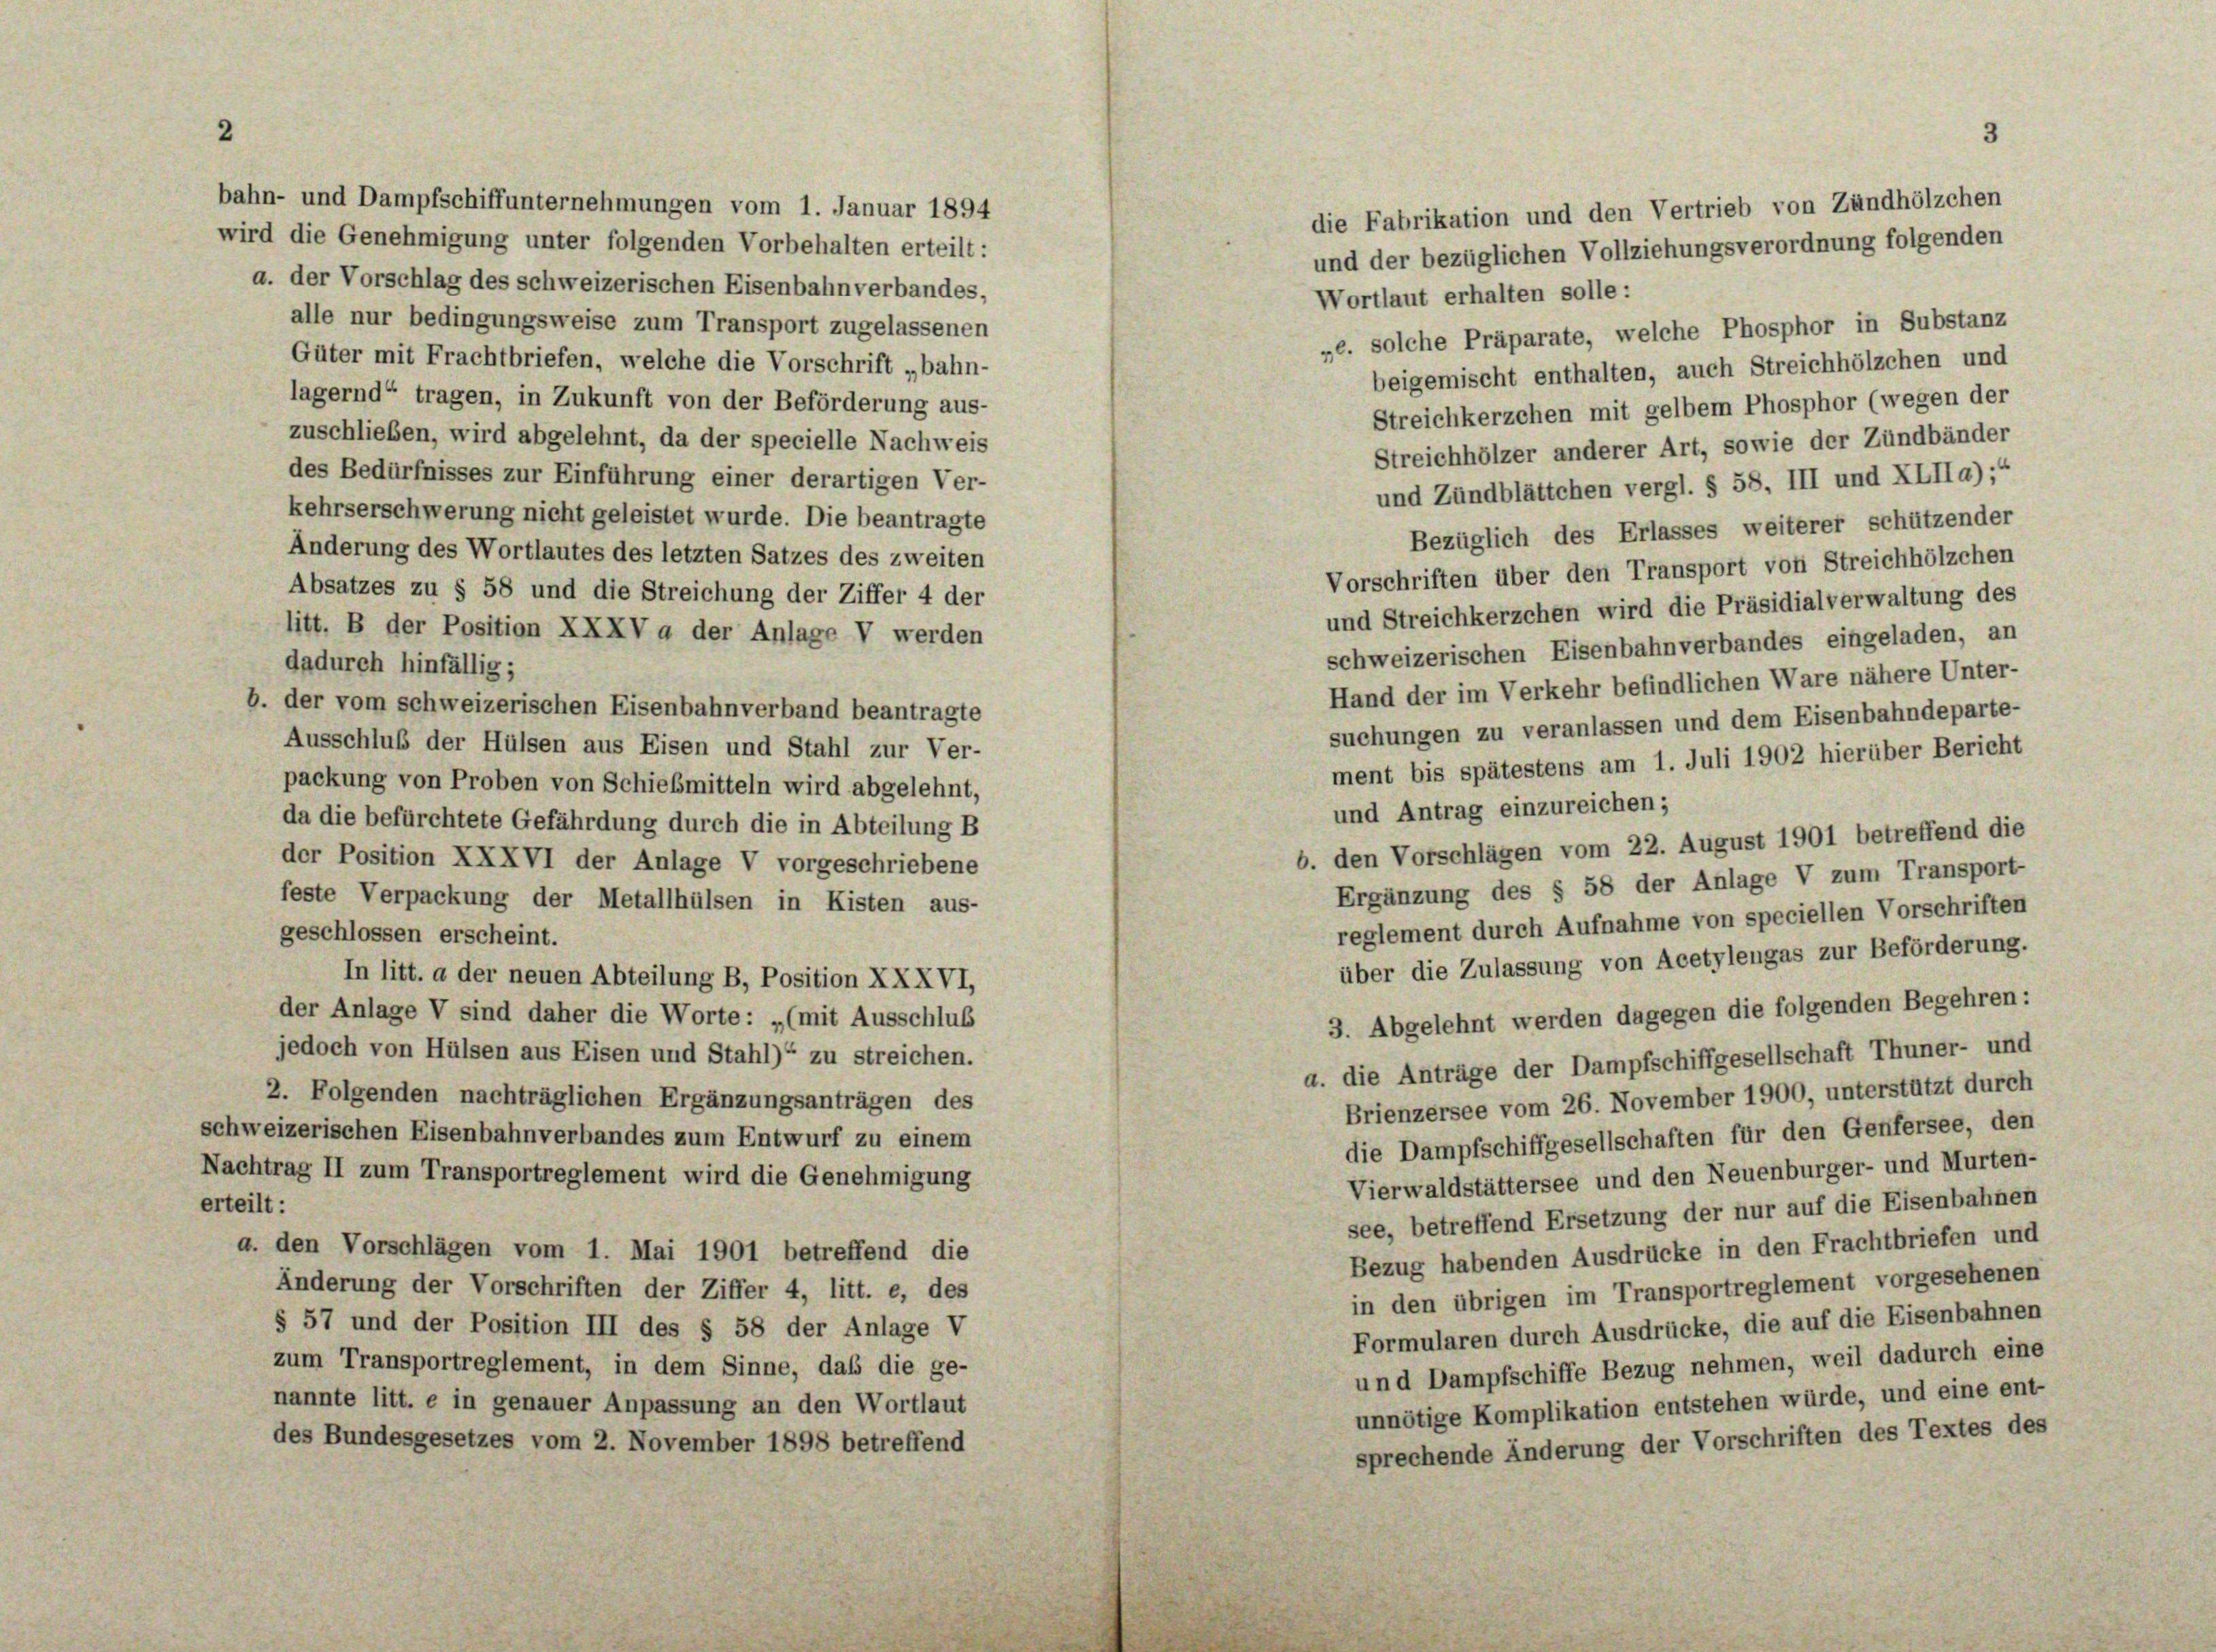
bahn- und Dampfschiffunternehmungen vom 1. Januar 1894
die Fabrikation und den Vertrieb von Zündhölzchen
wird die Genehmigung unter folgenden Vorbehalten erteilt:
und der bezüglichen Vollziehungsverordnung folgenden
a. der Vorschlag des schweizerischen Eisenbahnverbandes,
Wortlaut erhalten solle:
alle nur bedingungsweise zum Transport zugelassenen
„e. solche Präparate, welche Phosphor in Substanz
Güter mit Frachtbriefen, welche die Vorschrift „bahn-
beigemischt enthalten, auch Streichhölzchen und
lagernd“ tragen, in Zukunft von der Beförderung aus-
Streichkerzchen mit gelbem Phosphor (wegen der
zuschließen, wird abgelehnt, da der specielle Nachweis
Streichhölzer anderer Art, sowie der Zündbänder
des Bedürfnisses zur Einführung einer derartigen Ver-
und Zündblättchen vergl. § 58. III und XLIIa);“
kehrserschwerung nicht geleistet wurde. Die beantragte
Änderung des Wortlautes des letzten Satzes des zweiten
Absatzes zu § 58 und die Streichung der Ziffer 4 der
litt. B der Position XXXV a der Anlage V werden
schweizerischen Eisenbahnverbandes eingeladen, an
dadurch hinfällig;
Hand der im Verkehr befindlichen Ware nähere Unter-
b. der vom schweizerischen Eisenbahnverband beantragte
suchungen zu veranlassen und dem Eisenbahndeparte-
Ausschluß der Hülsen aus Eisen und Stahl zur Ver-
ment bis spätestens am 1. Juli 1902 hierüber Bericht
packung von Proben von Schiebmitteln wird abgelehnt,
und Antrag einzureichen;
da die befürchtete Gefährdung durch die in Abteilung B
b. den Vorschlägen vom 22. August 1901 betreffend die
der Position XXXVI der Anlage V vorgeschriebene
Ergänzung des § 58 der Anlage V zum Transport-
feste Verpackung der Metallhülsen in Kisten aus-
reglement durch Aufnahme von speciellen Vorschriften
geschlossen erscheint.
über die Zulassung von Acetylengas zur Beförderung.
In litt. a der neuen Abteilung B, Position XXXVI,
3. Abgelehnt werden dagegen die folgenden Begehren:
der Anlage V sind daher die Worte: „(mit Ausschlus
jedoch von Hülsen aus Eisen und Stahl)“ zu streichen.
a. die Anträge der Dampfschiffgesellschaft Thuner- und
2. Folgenden nachträglichen Ergänzungsanträgen des
Brienzersee vom 26. November 1900, unterstützt durch
chweizerischen Eisenbahnverbandes zum Entwurf zu einem
die Dampfschiffgesellschaften für den Genfersee, den
achtrag II zum Transportreglement wird die Genehmigung
Vierwaldstättersee und den Neuenburger- und Murten-
teilt:
see, betreffend Ersetzung der nur auf die Eisenbahnen
a. den Vorschlägen vom 1. Mai 1901 betreffend die
Bezug habenden Ausdrücke in den Frachtbriefen und
Änderung der Vorschriften der Ziffer 4, litt. e, des
in den übrigen im Transportreglement vorgesehenen
§ 57 und der Position III des § 58 der Anlage V
Formularen durch Ausdrücke, die auf die Eisenbahnen
zum Transportreglement, in dem Sinne, daß die ge-
und Dampfschiffe Bezug nehmen, weil dadurch eine
nannte litt. e in genauer Anpassung an den Wortlaut
unnötige Komplikation entstehen würde, und eine ent
des Bundesgesetzes vom 2. November 1898 betreffend
sprechende Änderung der Vorschriften des Textes der

Bezüglich des Erlasses weiterer schützender
Vorschriften über den Transport von Streichhölzchen
und Streichkerzchen wird die Präsidialverwaltung des